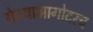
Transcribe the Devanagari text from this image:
येण्याआगोदरच